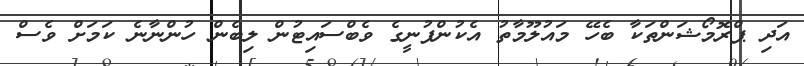
އަދި ޕްރޮމޯޝަންތަކާ ބެހޭ މައުލޫމާތު އެކުންފުނީގެ ވެބްސައިޓުން ލިބެން ހުންނާނެ ކަމަށް ވެސް